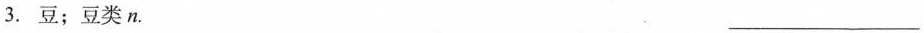
3.豆；豆类n. ___